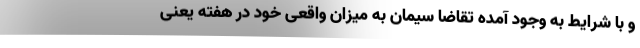
و با شرایط به وجود آمده تقاضا سیمان به میزان واقعی خود در هفته یعنی